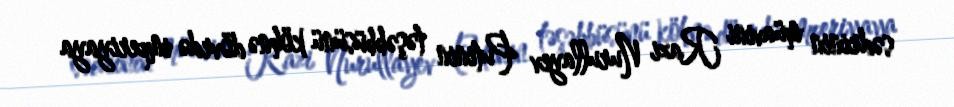
sədrinin müavini Razi Nurullayev Putinin təşəbbüsünü köhnə dövrdə imperiyaya